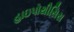
હાઇપોથીસિસ